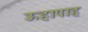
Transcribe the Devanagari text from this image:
ऊहापाह